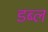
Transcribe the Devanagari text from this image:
डब्ल